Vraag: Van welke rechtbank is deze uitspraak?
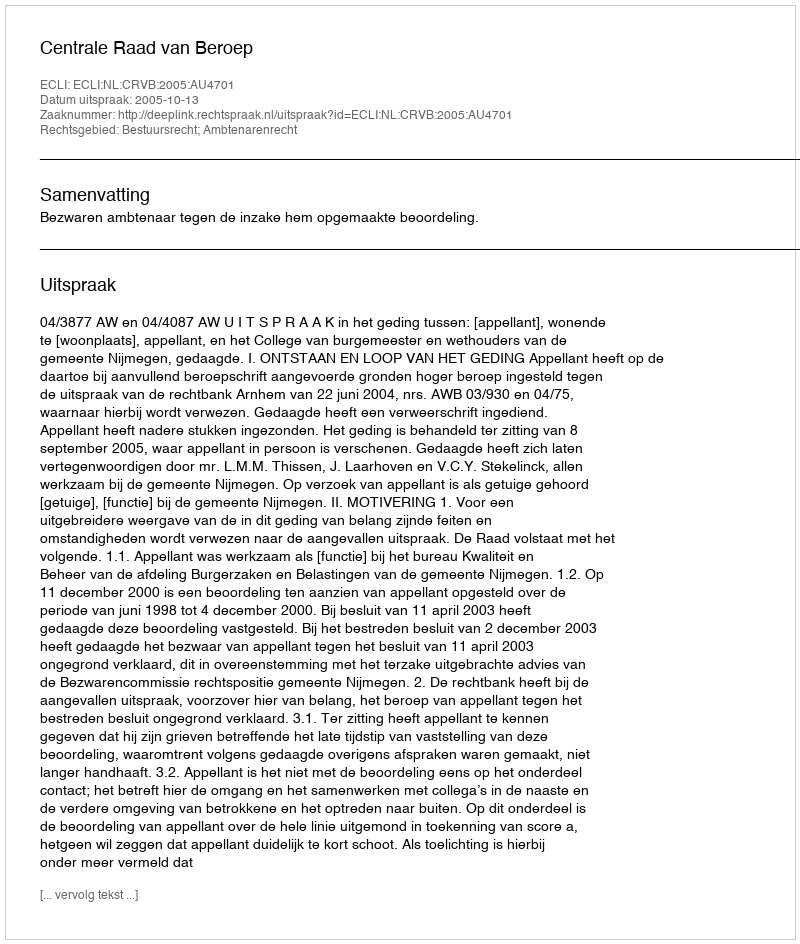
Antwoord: Centrale Raad van Beroep